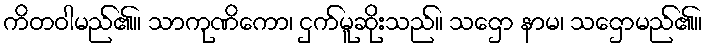
ကိတဝါမည်၏။ သာကုဏိကော၊ ငှက်မူဆိုးသည်။ သဌော နာမ၊ သဌောမည်၏။